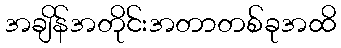
အချိန်အတိုင်းအတာတစ်ခုအထိ